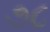
૭૮